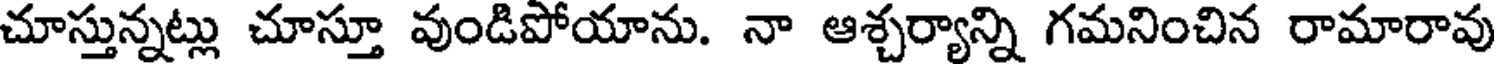
చూస్తున్నట్లు చూస్తూ వుండిపోయాను. నా ఆశ్చర్యాన్ని గమనించిన రామారావు